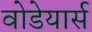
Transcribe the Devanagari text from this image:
वोडेयार्स